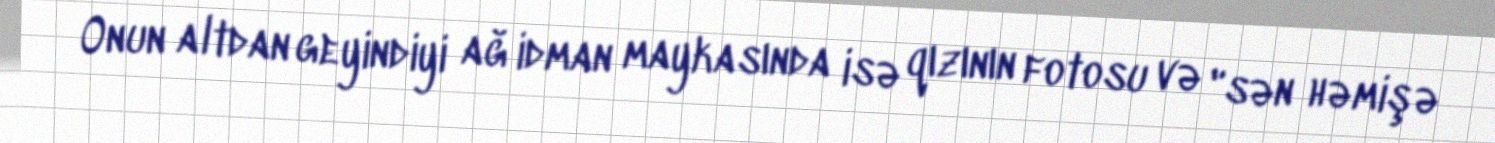
Onun altdan geyindiyi ağ idman maykasında isə qızının fotosu və "sən həmişə